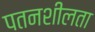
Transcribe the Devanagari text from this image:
पतनशीलता